Annual report on the lock hospitals of the Madras Presidency
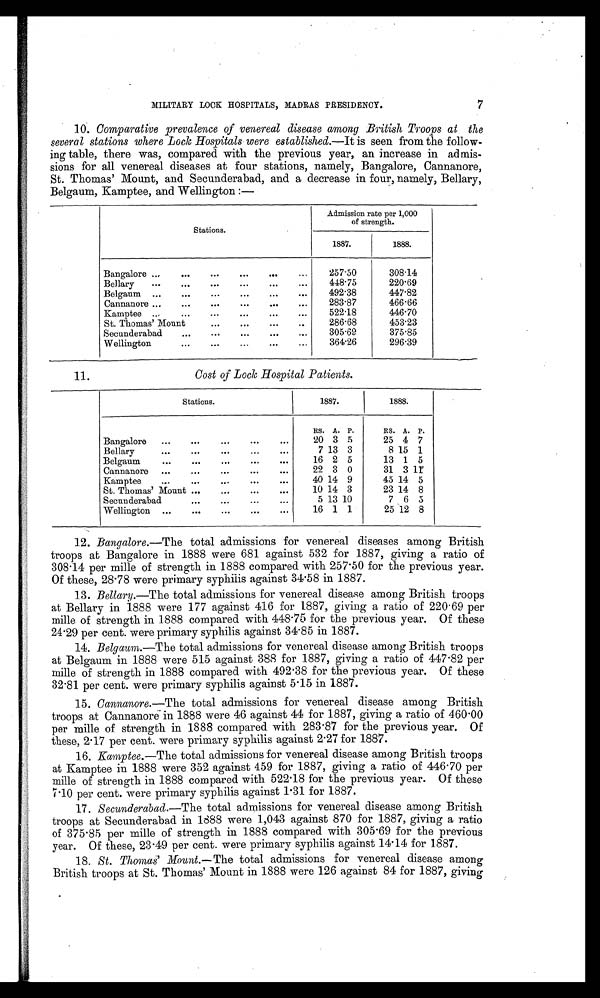
MILITARY LOCK HOSPITALS, MADRAS PRESIDENCY.
7
10. Comparative prevalence of venereal disease among British Troops at the
several stations where Lock Hospitals were established.— It is seen from the follow-
ing table, there was, compared with the previous year, an increase in admis-
sions for all venereal diseases at four stations, namely, Bangalore, Cannanore,
St. Thomas' Mount, and Secunderabad, and a decrease in four, namely, Bellary,
Belgaum, Kamptee, and Wellington :—
Stations.
Admission rate per 1,000
of strength.
1887.
1888.
Bangalore
...
...
...
...
...
...
257.50
308.14
Bellary
...
...
...
...
...
...
448.75
220.69
Belgaum ...
...
...
...
..._ ...
492.38
447.82
Cannanore ...
...
...
...
...
...
283.87
466.66
Kamptee ...
...
...
...
...
...
522.18
446.70
St. Thomas' Mount
...
...
...
...
...
...
286.68
453.23
Secunderabad
...
...
...
...
...
305.69
375.85
Wellington
...
...
...
...
...
364.26
296.39
11 Cost of Lock Hospital Patients.
Stations.
1887.
1888.
RS. A. P.
RS. A. P.
Bangalore ...
...
...
...
...
20 3 5
25 4 7
Bellary
...
...
...
. . .
7 13 3
8 15 1
Belgaum
...
...
...
...
...
16 2 5
13 1 5
Cannanore ...
...
...
...
...
22 3 0
31 3 1 1
Kamptee
...
...
...
...
...
40 14 9
45 14 5
St. Thomas' Mount ...
...
...
...
10 14 3
23 14 8
Secunderabad
...
...
...
...
5 13 10
7 6 5
Wellington ...
...
...
...
...
16 1 1
25 12 8
12.
Bangalore.— The total admissions for venereal diseases among British
troops at Bangalore in 1888 were 681 against 532 for 1887, giving a ratio of
308.14 per mile of strength in 1888 compared with 257.50 for the previous year.
Of these, 28.78 were primary syphilis against 34.58 in 1887.
13. Bellary.— The total admissions for venereal disease among British troops
at Bellary in 1888 were 177 against 416 for 1887, giving a ratio of 220.69 per
mile of strength in 1888 compared with 448.75 for the previous year. Of these
24.29 per cent. were primary syphilis against 34.85 in 1887.
14. Belgaum. —The total admissions for venereal disease among British troops
at Belgaum in 1888 were 515 against 388 for 1887, giving a ratio of 447.82 per
mile of strength in 1888 compared with 492.38 for the previous year. Of these
32.81 per cent. were primary syphilis against 5.15 in 1887.
15. Cannanore.— The total admissions for venereal disease among British
troops at Cannanore in 1888 were 46 against 44 for 1887, giving a ratio of 460.00
per mile of strength in 1888 compared with 283.87 for the previous year. Of
these, 2.17 per cent. were primary syphilis against 2.27 for 1887.
16. Kamptee. —The total admissions for venereal disease among British troops
at Kamptee in 1888 were 352 against 459 for 1887, giving a ratio of 446.70 per
mile of strength in 1888 compared with 522.18 for the previous year. Of these
7.10 per cent. were primary syphilis against 1.31 for 1887.
17. Secunderabad. —The total admissions for venereal disease among British
troops at Secunderabad in 1888 were 1,043 against 870 for 1887, giving a ratio
of 375.85 per mile of strength in 1888 compared with 305.69 for the previous
year. Of these, 23.49 per cent. were primary syphilis against 14.14 for 1887.
18. St. Thomas’ M o u n t . — T h e t o t a l a d m i s s i o n s f o r v e n e r e a l d i s e a s e a m o n g
British troops at St. Thomas' Mount in 1888 were 126 against 84 for 1887, giving